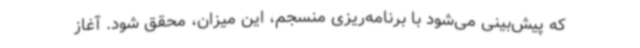
که پیش‌بینی می‌شود با برنامه‌ریزی منسجم، این میزان، محقق شود. آغاز